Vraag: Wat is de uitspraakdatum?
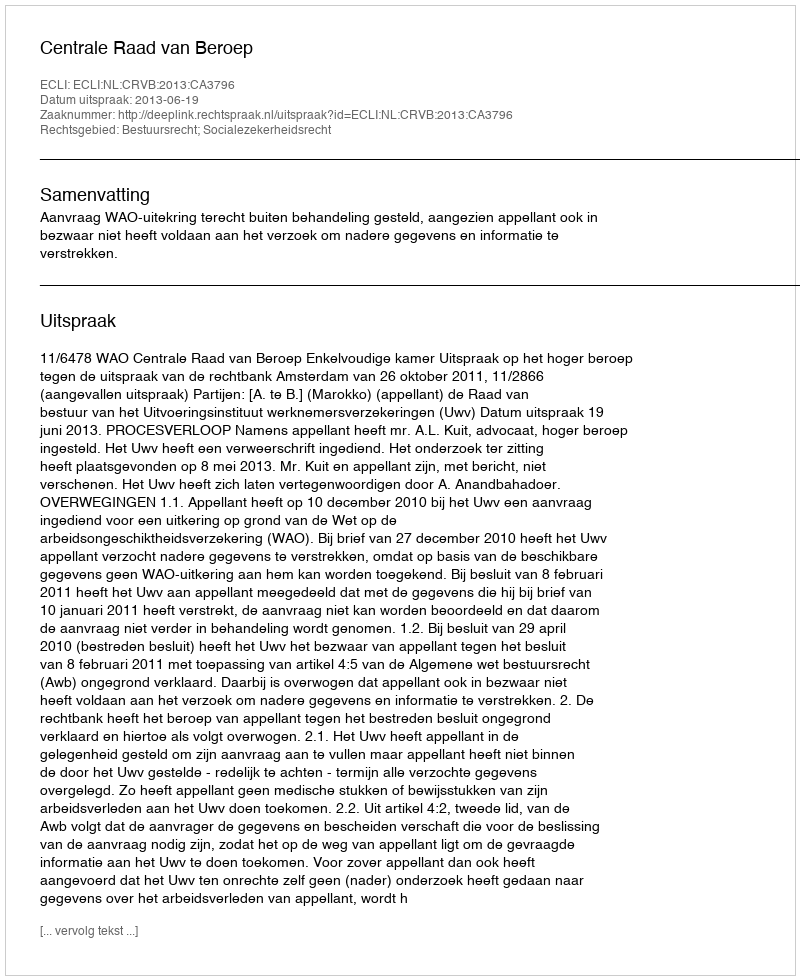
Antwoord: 2013-06-19